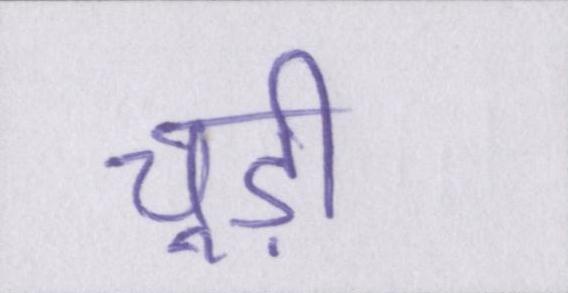
चूड़ी